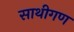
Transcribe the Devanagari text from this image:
साथीगण